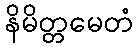
နိမိတ္တမေတံ